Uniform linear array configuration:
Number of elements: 8
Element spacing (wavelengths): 0.25
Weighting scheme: hann
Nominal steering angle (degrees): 30
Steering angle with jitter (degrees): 31.49
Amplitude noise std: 0.05
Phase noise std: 0.05

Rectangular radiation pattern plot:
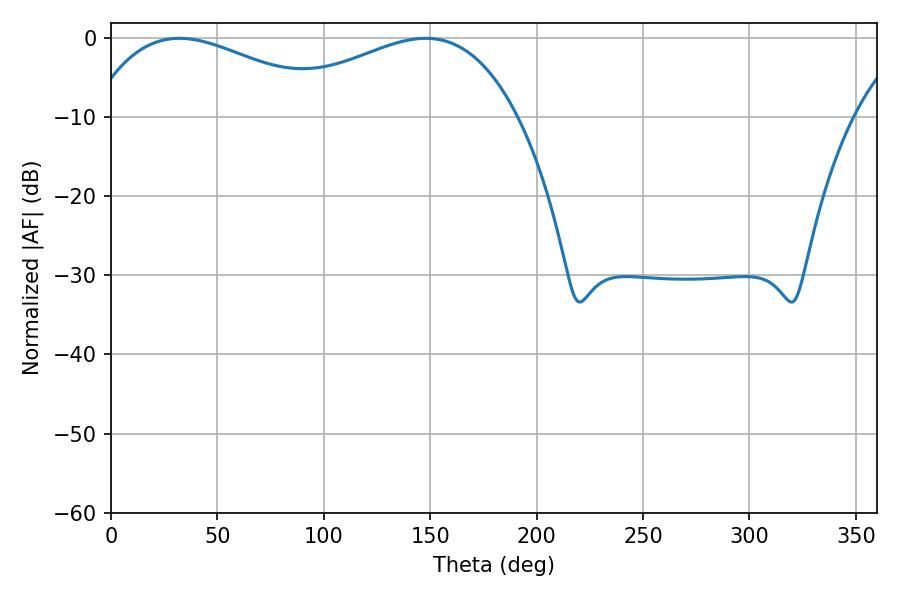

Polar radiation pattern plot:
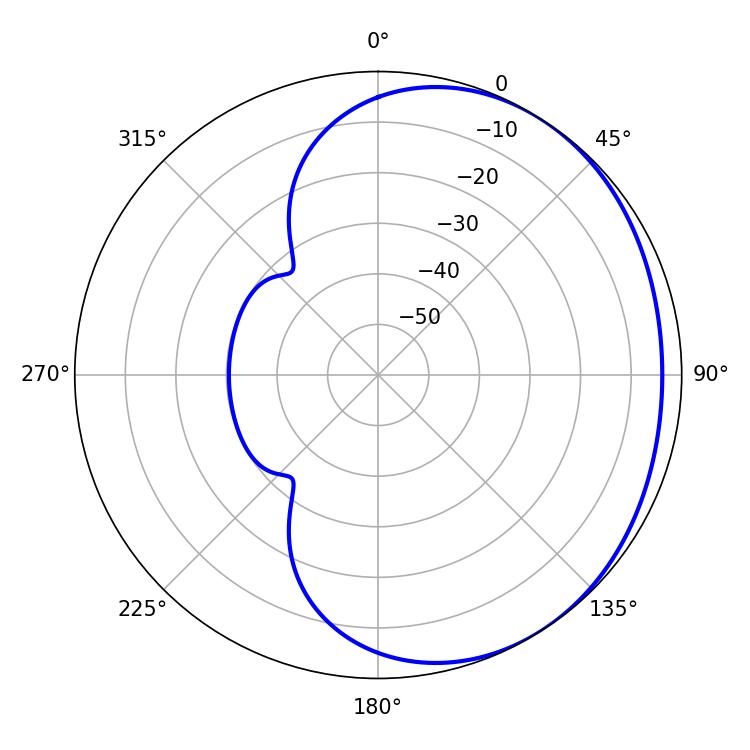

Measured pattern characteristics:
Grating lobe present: FALSE
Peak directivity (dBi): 1.814
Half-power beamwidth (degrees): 64.44
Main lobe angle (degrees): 32.04